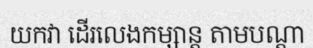
យកវា ដើរលេងកម្សាន្ត តាមបណ្តា